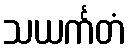
သယင်္ကတံ